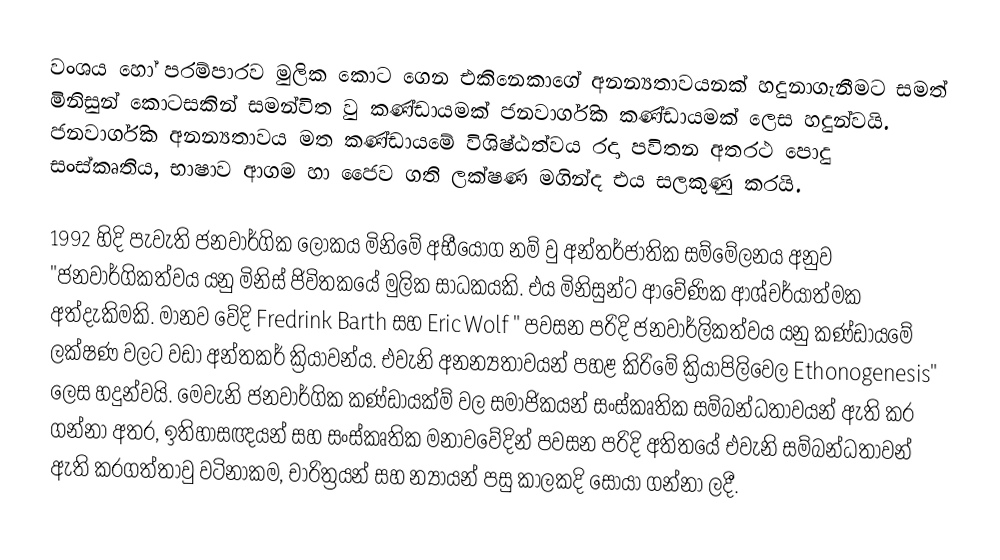
වංශය හෝ පරම්පාරව මුලික කොට ගෙන එකිනෙකාගේ අනන්‍යතාවයනක් හදුනාගැනීමට සමත් මිනිසුන් කොටසකින් සමන්විත වු කණ්ඩායමක් ජනවාර්ගික කණ්ඩායමක් ලෙස හදුන්වයි. ජනවාර්ගික අනන්‍යතාවය මත කණ්ඩායමේ විශිෂ්ඨත්වය රදා පවිතන අතරථ පොදු සංස්කෘතිය, භාෂාව ආගම හා ජෛව ගති ලක්ෂණ මගින්ද එය සලකුණු කරයි.

1992 හිදි පැවැති ජනවාර්ගික ‍ලෝකය මිනිමේ අභීයෝග නම් වු අන්තර්ජාතික සම්මේලනය අනුව "ජනවාර්ගිකත්වය යනු මිනිස් ජිවිතකයේ මුලික සාධකයකි. එය මිනිසුන්ට ආවේණික ආශ්චර්යාත්මක අත්දැකිමකි. මානව වේදි Fredrink Barth සහ Eric Wolf "  පවසන පරිදි ජනවාර්ලිකත්වය යනු කණ්ඩායමේ ලක්ෂණ වලට වඩා අන්තකර් ක්‍රියාවන්ය. එවැනි අනන්‍යතාවයන් පහළ කිරිමේ ක්‍රියාපිලිවෙල Ethonogenesis" ලෙස හදුන්වයි. මෙවැනි ජනවාර්ගික කණ්ඩායක්ම් වල සමාජිකයන් සංස්කෘතික සම්බන්ධතාවයන් ඇති කර ගන්නා අතර, ඉතිහාසඥයන් සහ සංස්කෘතික මනාවවේදින් පවසන පරිදි අතිතයේ එවැනි සම්බන්ධතාවන් ඇති කරගත්තාවු වටිනාකම, චාරිත්‍රයන් සහ න්‍යායන්  පසු කාලකදි සොයා ගන්නා ලදී.